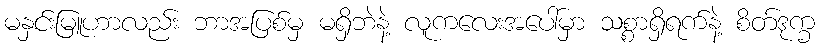
မနှင်းမြူဟာလည်း ဘာအပြစ်မှ မရှိဘဲနဲ့ လူကလေးအပေါ်မှာ သစ္စာရှိရက်နဲ့ စိတ်ဒုက္ခ